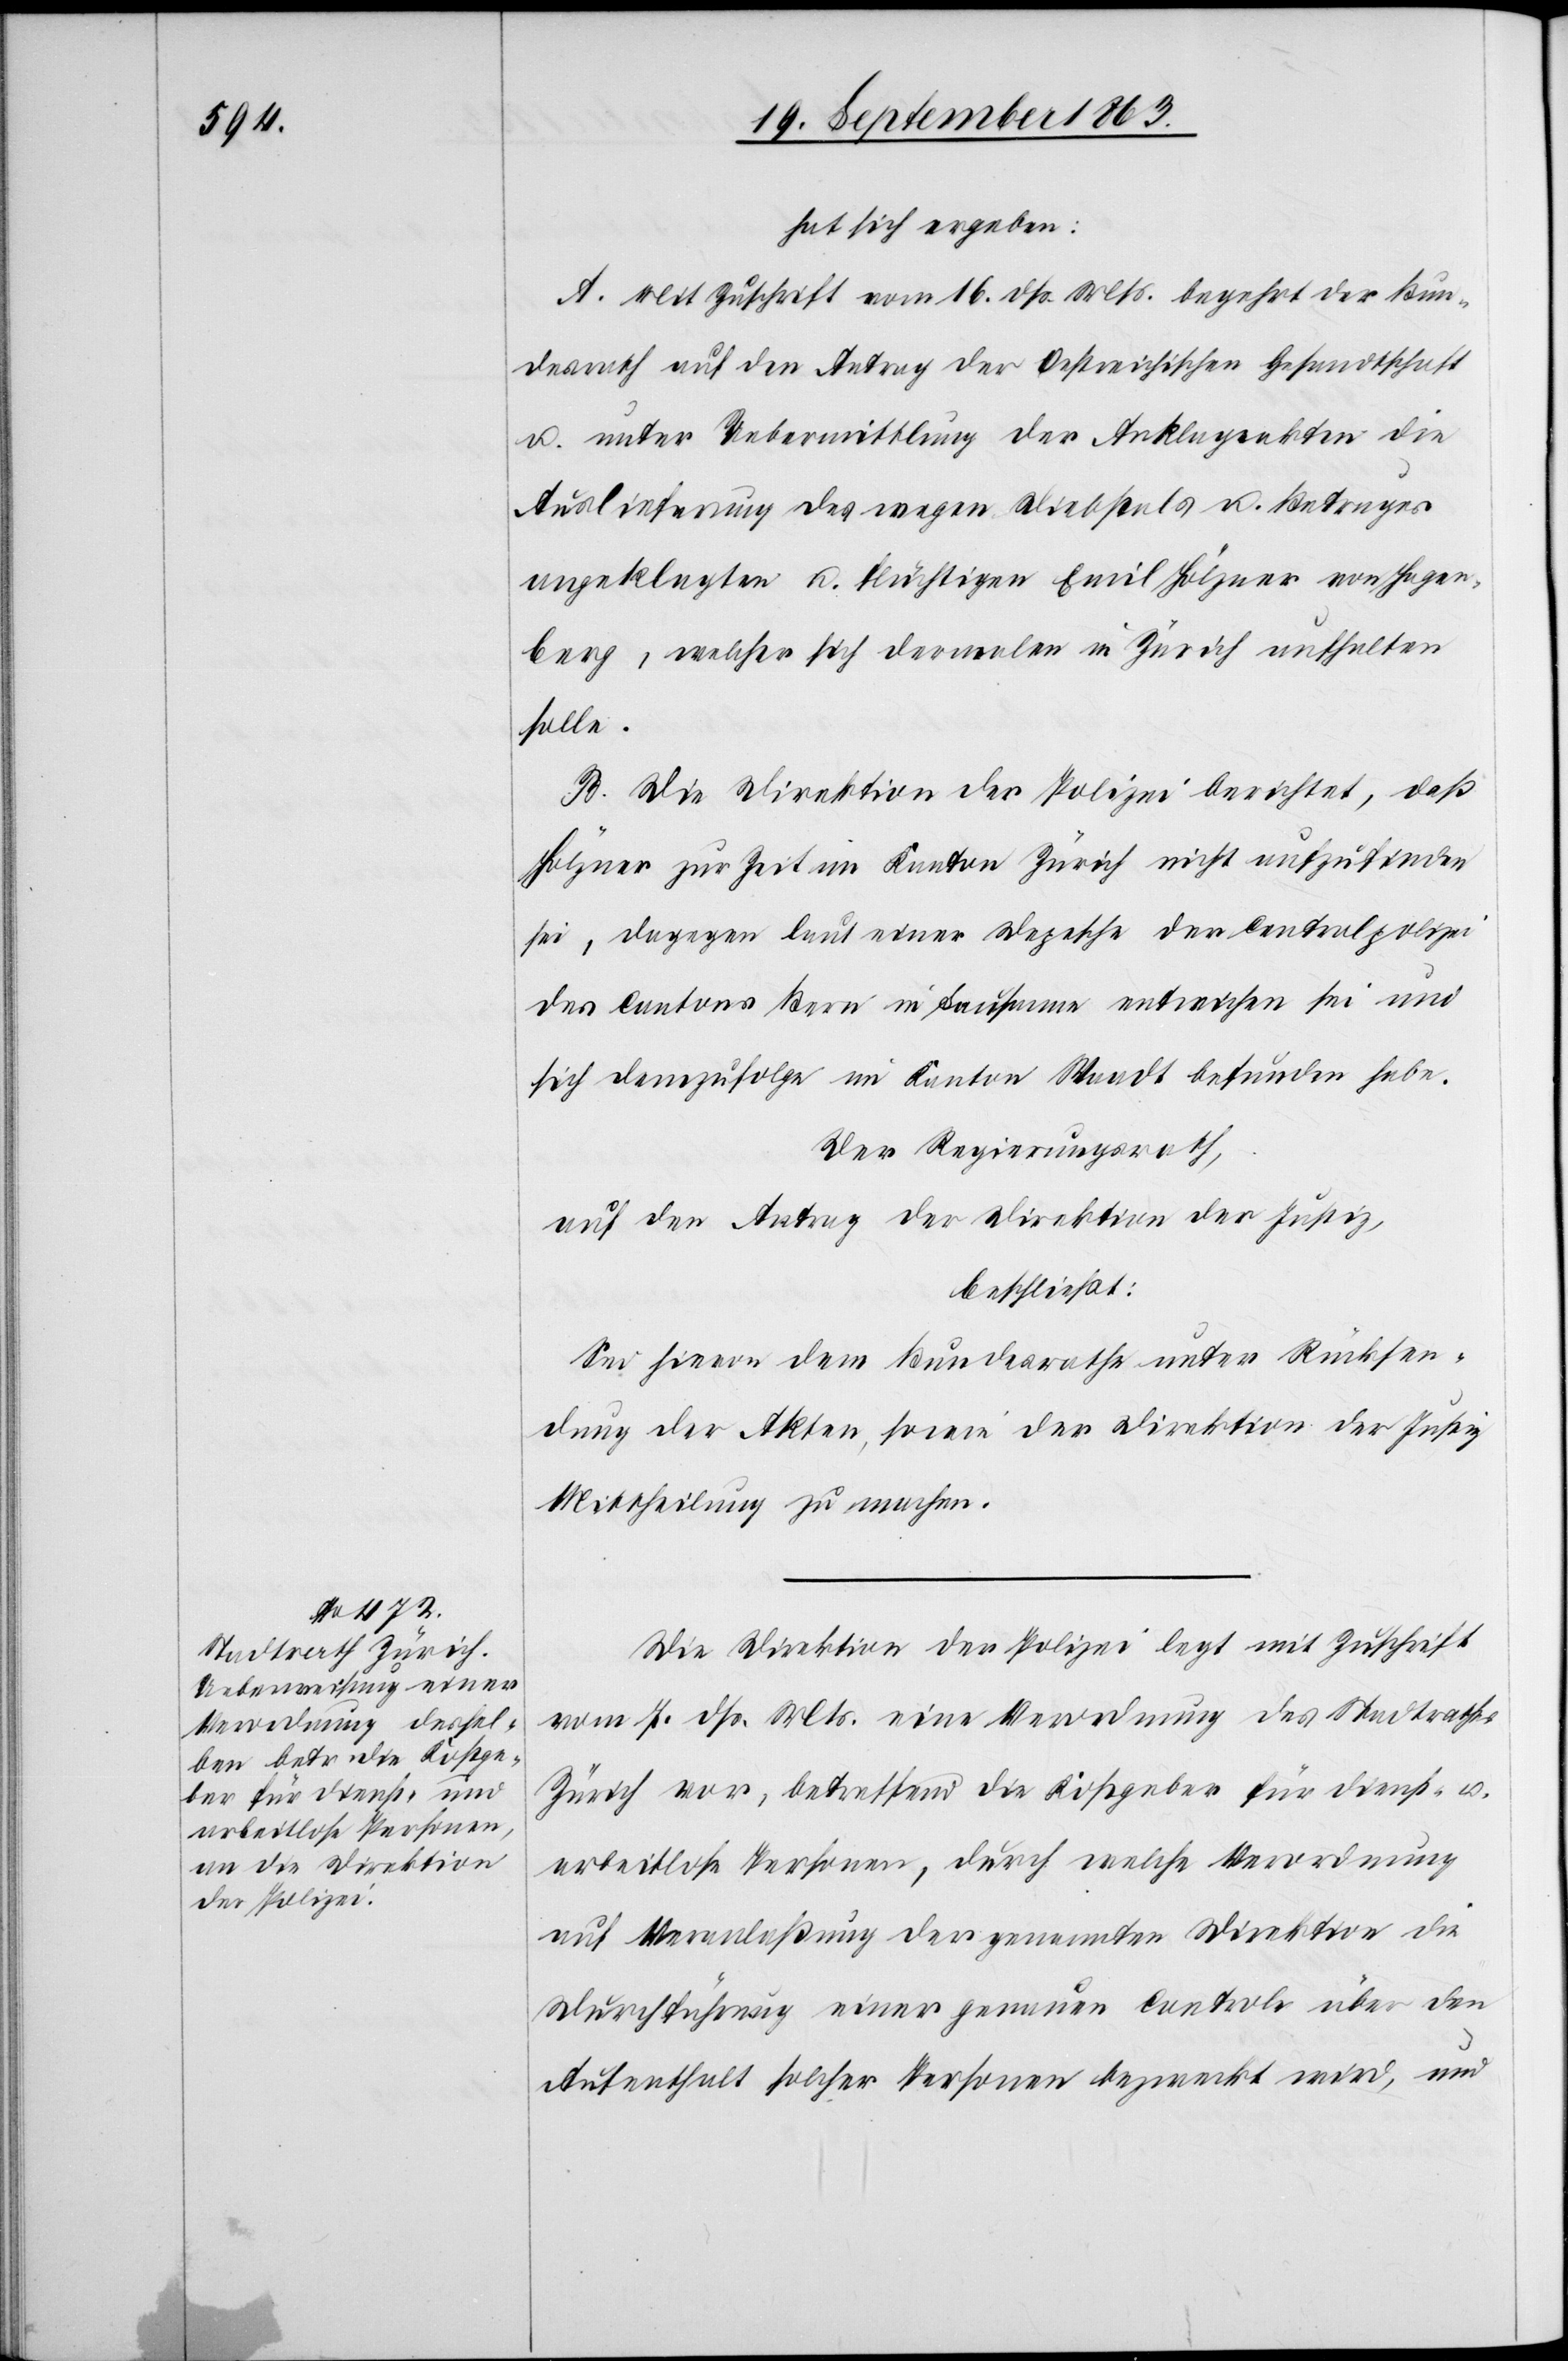
hat sich ergeben:
A. Mit Zuschrift vom 16. dß. Mts. begehrt der Bun¬
desrath auf den Antrag der Oestreichischen Gesandtschaft
u. unter Uebermittlung der Anklageakten die
Auslieferung des wegen Diebstals u. Betruges
angeklagten u. flüchtigen Emil Hölzner von Hagen¬
berg, welcher sich dermalen in Zürich aufhalten
solle.
B. Die Direktion der Polizei berichtet, daß
Hölzner zur Zeit im Kanton Zürich nicht aufzufinden
sei, dagegen laut einer Depesche der Centralpolizei
des Cantons Bern in Lausanne entwichen sei und
sich demzufolge im Kanton Waadt befunden habe.
Der Regierungsrath,
auf den Antrag der Direktion der Justiz,
beschließt:
Sei hievon dem Bundesrathe unter Rücksen¬
dung der Akten, sowie der Direktion der Justiz
Mittheilung zu machen.
Die Direktion der Polizei legt mit Zuschrift
vom 7. dß. Mts. eine Verordnung des Stadtrathes
Zürich vor, betreffend die Kostgeber für dienst- u.
arbeitlose Personen, durch welche Verordnung
auf Veranlaßung der genannten Direktion die
Durchführung einer genauen Controle über den
Aufenthalt solcher Personen bezweckt wird, und